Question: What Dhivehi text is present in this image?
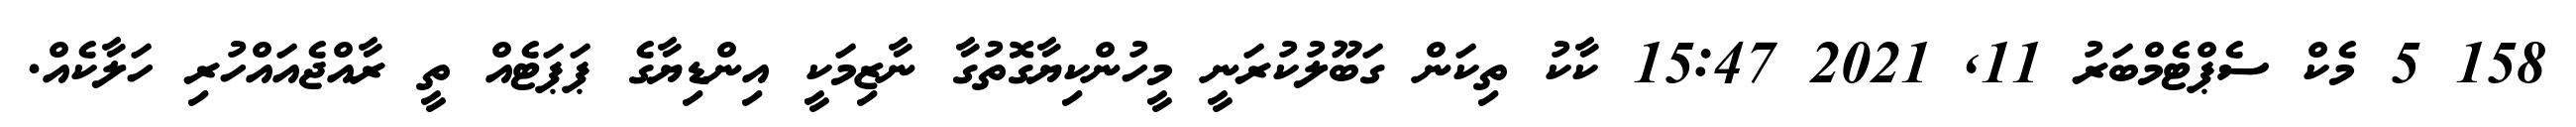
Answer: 158 5 މެކް ސެޕްޓެމްބަރު 11, 2021 15:47 ކާކު ތިކަން ގަބޫލުކުރަނީ މީހުންކިޔާގޮތުގާ ނާޒިމަކީ އިންޑިޔާގެ ޕަޕަޓެއް ތީ ރާއްޖެއައްހުރި ހަލާކެއް.